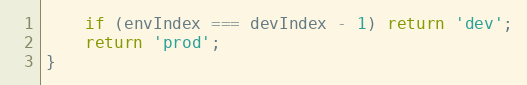
Language: JavaScript
	if (envIndex === devIndex - 1) return 'dev';
	return 'prod';
}